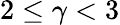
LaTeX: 2\leq\gamma<3